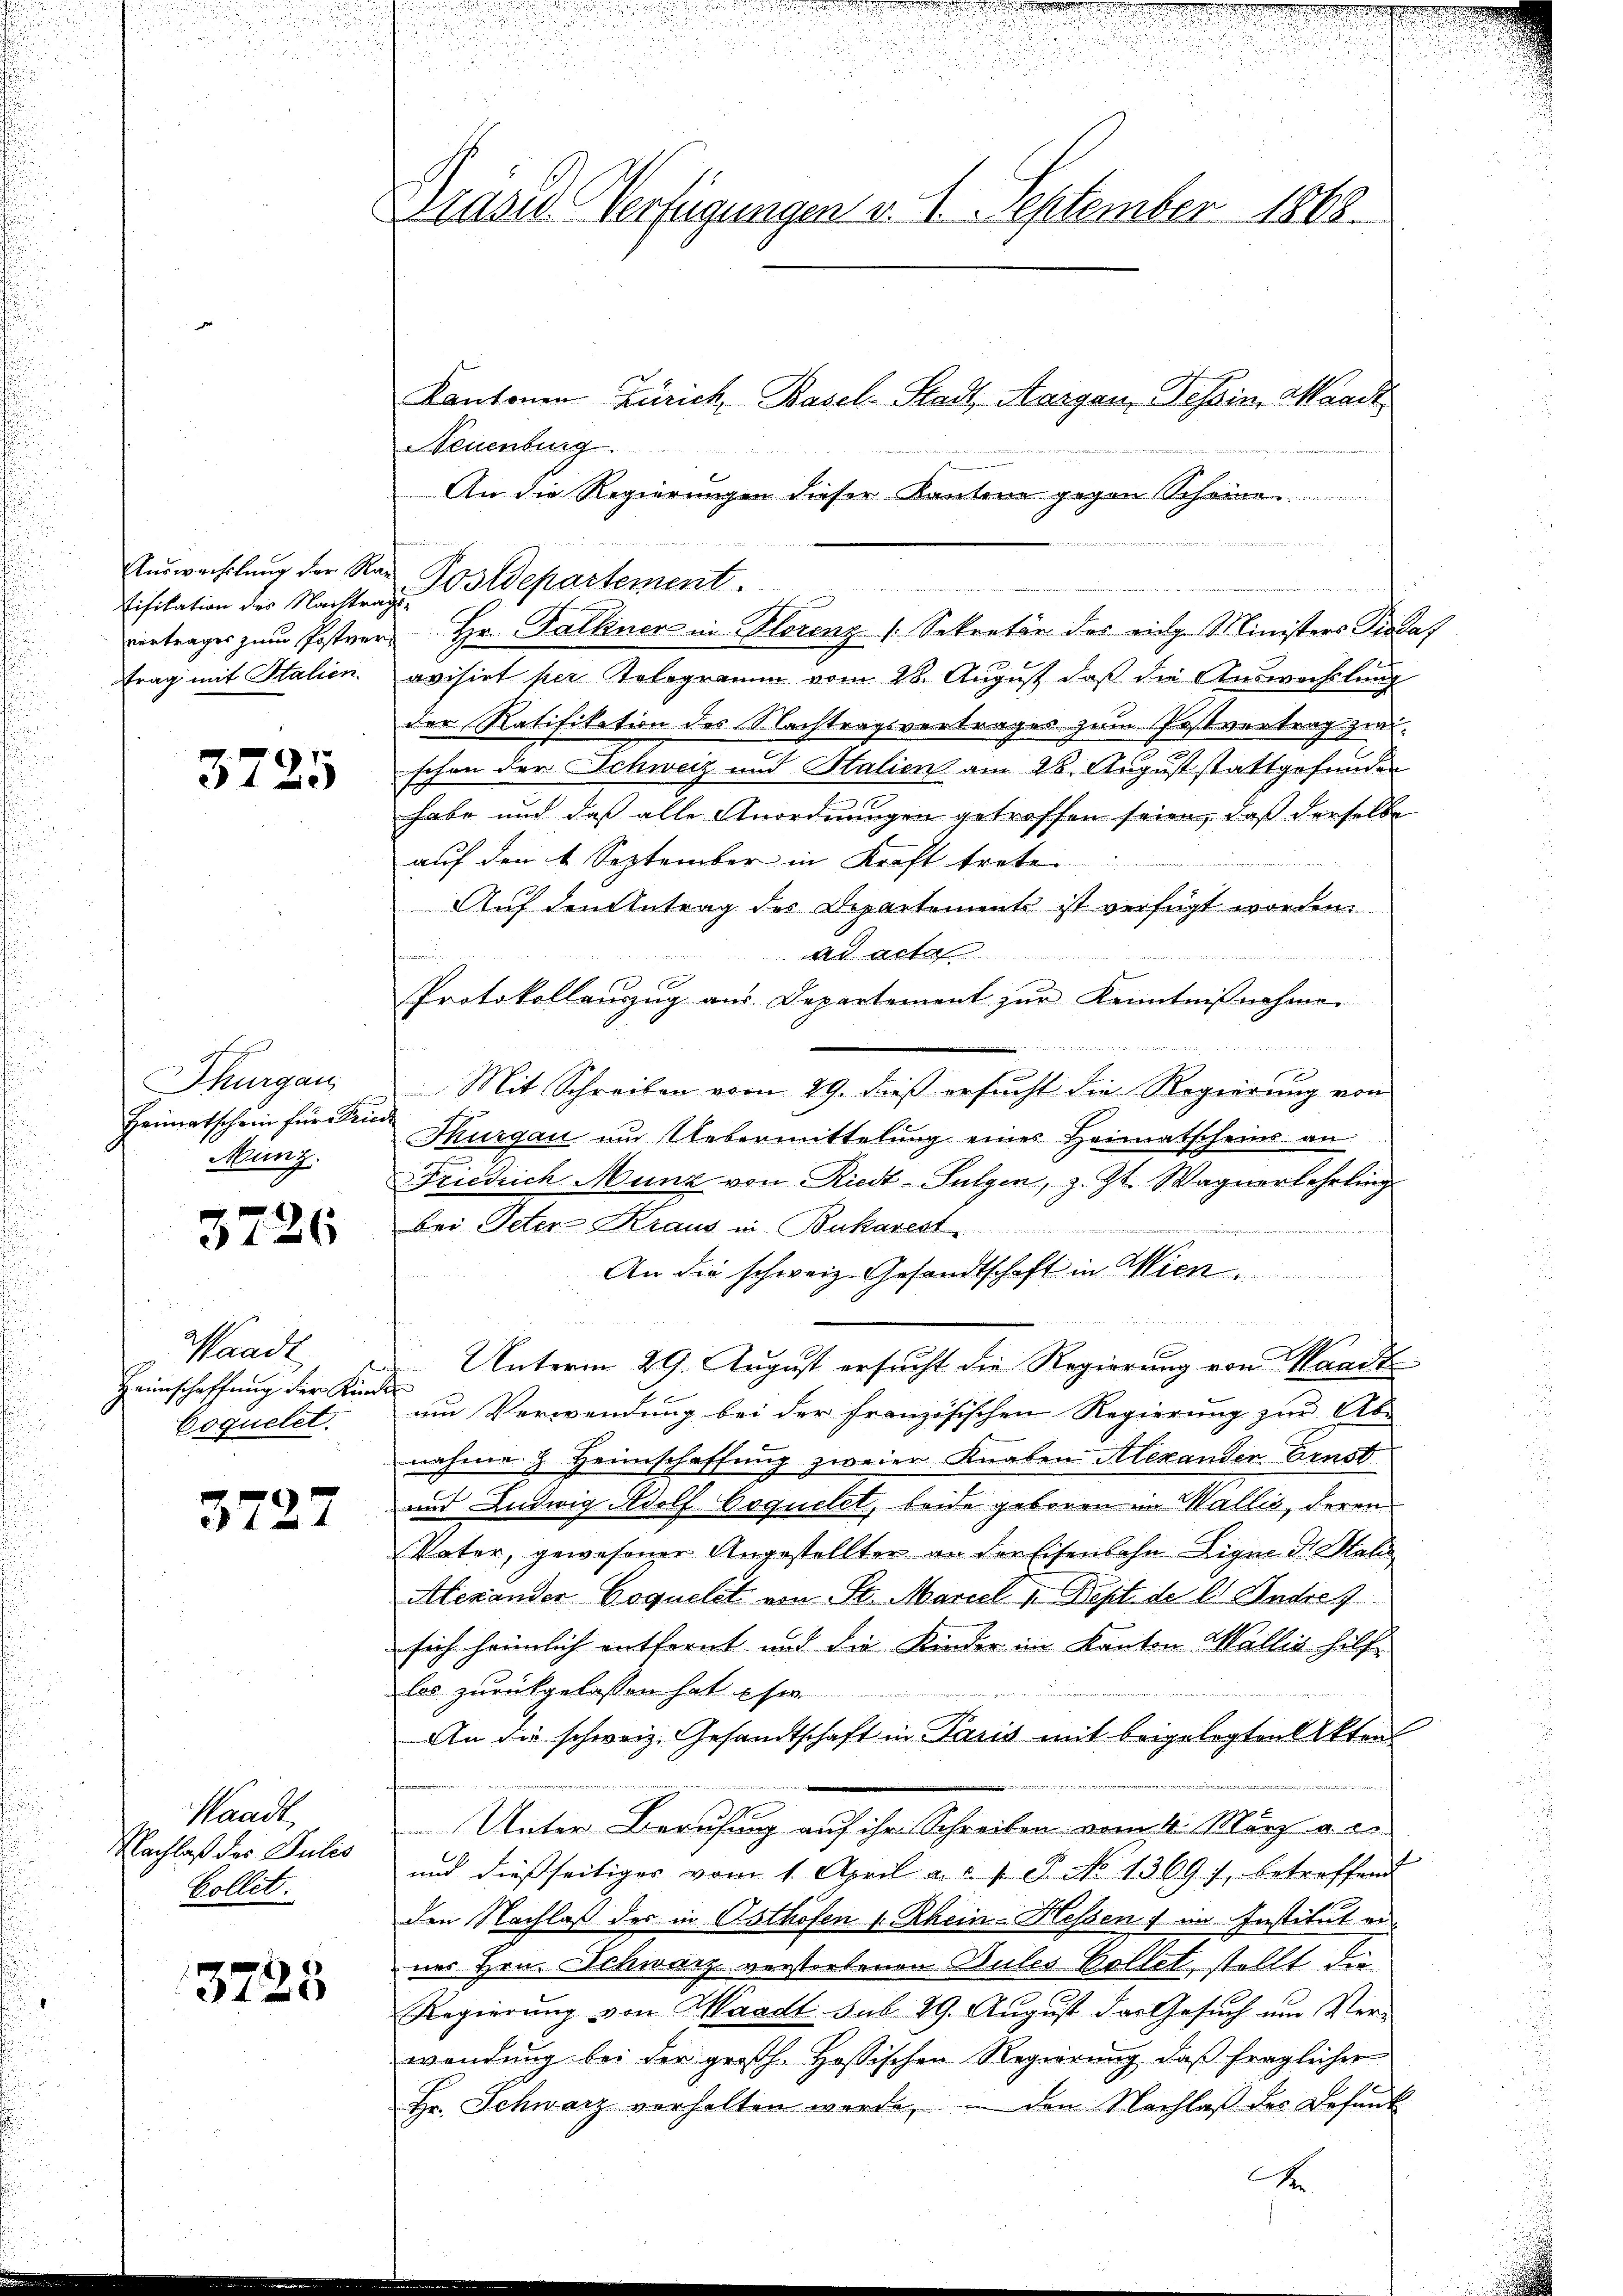
Auswechslung der Nac
Eifikation des Nachtragstrag mit Italien.

3725

Thurgau,
3
Heimatschein für Friede
Munz

3726

Waadt
Heimschaffung der Kinder
Coquelet.

3727

Waadt,
Nachlaß des Julis
Collet.

3725

.
Drüser Verfügungen v. 1. September 1868.

Kantonen Zürich, Basel-Stadt, Aargau, Tessin, Waadt
Neuenburg
An die Regierungen dieser Kantone gegen Schein
Postdepartement.

vortrages zŭm Postver Hr. Falkner in Florenz (Sekretär des eidg. Ministers Piodaf
avisirt per Kolegramm vom 26. August daß die Auswechslung
der Ratifikation des Nachtragsvertrages zum Postvertrag zwischon der Schweiz und Stalien am 28. August stattgefunden
habe und daß alle Anordnungen getroffen seien, daß derselbe
auf den 1 September in Kraft trete
Auf den Antrag des Departement ist verfügt worden.

r
c
Protokollauszug aus Departement zur Kenntnißnahme
Mit Schreiben vom 29. dieß ersucht die Regierung von
Thurgau um Uebermittelung eines Heimatscheins an
Friedrich Munz von Riedt-Sulgen, z. Zt. Wagnerlehrling
bei Peter Kraus in Bukarest

An die schweiz. Gesandtschaft in Wien.
 2
Unterm 29. August ersucht die Regierung von Waadt
um Verwendung bei der französischen Regierung zur Ab-
nahme z. Heimschaffung zweier Knaben Alexander Ernst
und Ludwig Adolf bequelet, beide gebenen in Wallis, deren
Vater, gewesener Angestellter an dortisenlohn Ligne dr. Stati
Alexander Coquelst von St. Mariel 1. Sept. de li Andrez
sich heimlich entfernt und die Kinder im Kanton Wallis hilfe
los zurückgelassen hat si
An die schweiz. Gesandtschaft in Paris mit beigelegten Akten
Unter Berufung auf ihr Schreiben vom 4. März a. c.
und dießseitiges vom 1. April a. c. 1. P. No 1369, betreffend
den Nachlaß der in Asthofen v. Rhein-Hessen im Institut er-
nes Hrn. Schwarz verstorbenen Bules Collet, stellt, die
Regierung von Waadt sub 29. August das Gesuch um Verwendung bei der großh. Hassischen Regierung, daß fraglicher
Hr. Schwarz verhalten werde, den Nachlaß des Befant
A

n